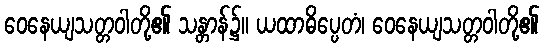
ဝေနေယျသတ္တဝါတို့၏ သန္တာန်၌။ ယထာဓိပ္ပေတံ၊ ဝေနေယျသတ္တဝါတို့၏